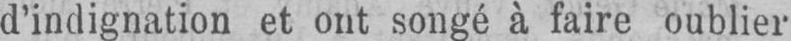
d’indignation et ont songé à faire oublier